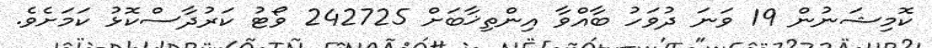
ކޮމިޝަނުން 19 ވަނަ ދުވަހު ބާއްވާ އިންތިޚާބަށް 242725 ވޯޓު ކަރުދާސްކޮޅު ކަމަށެވެ.